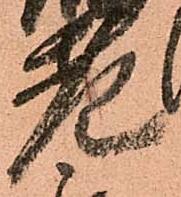
老